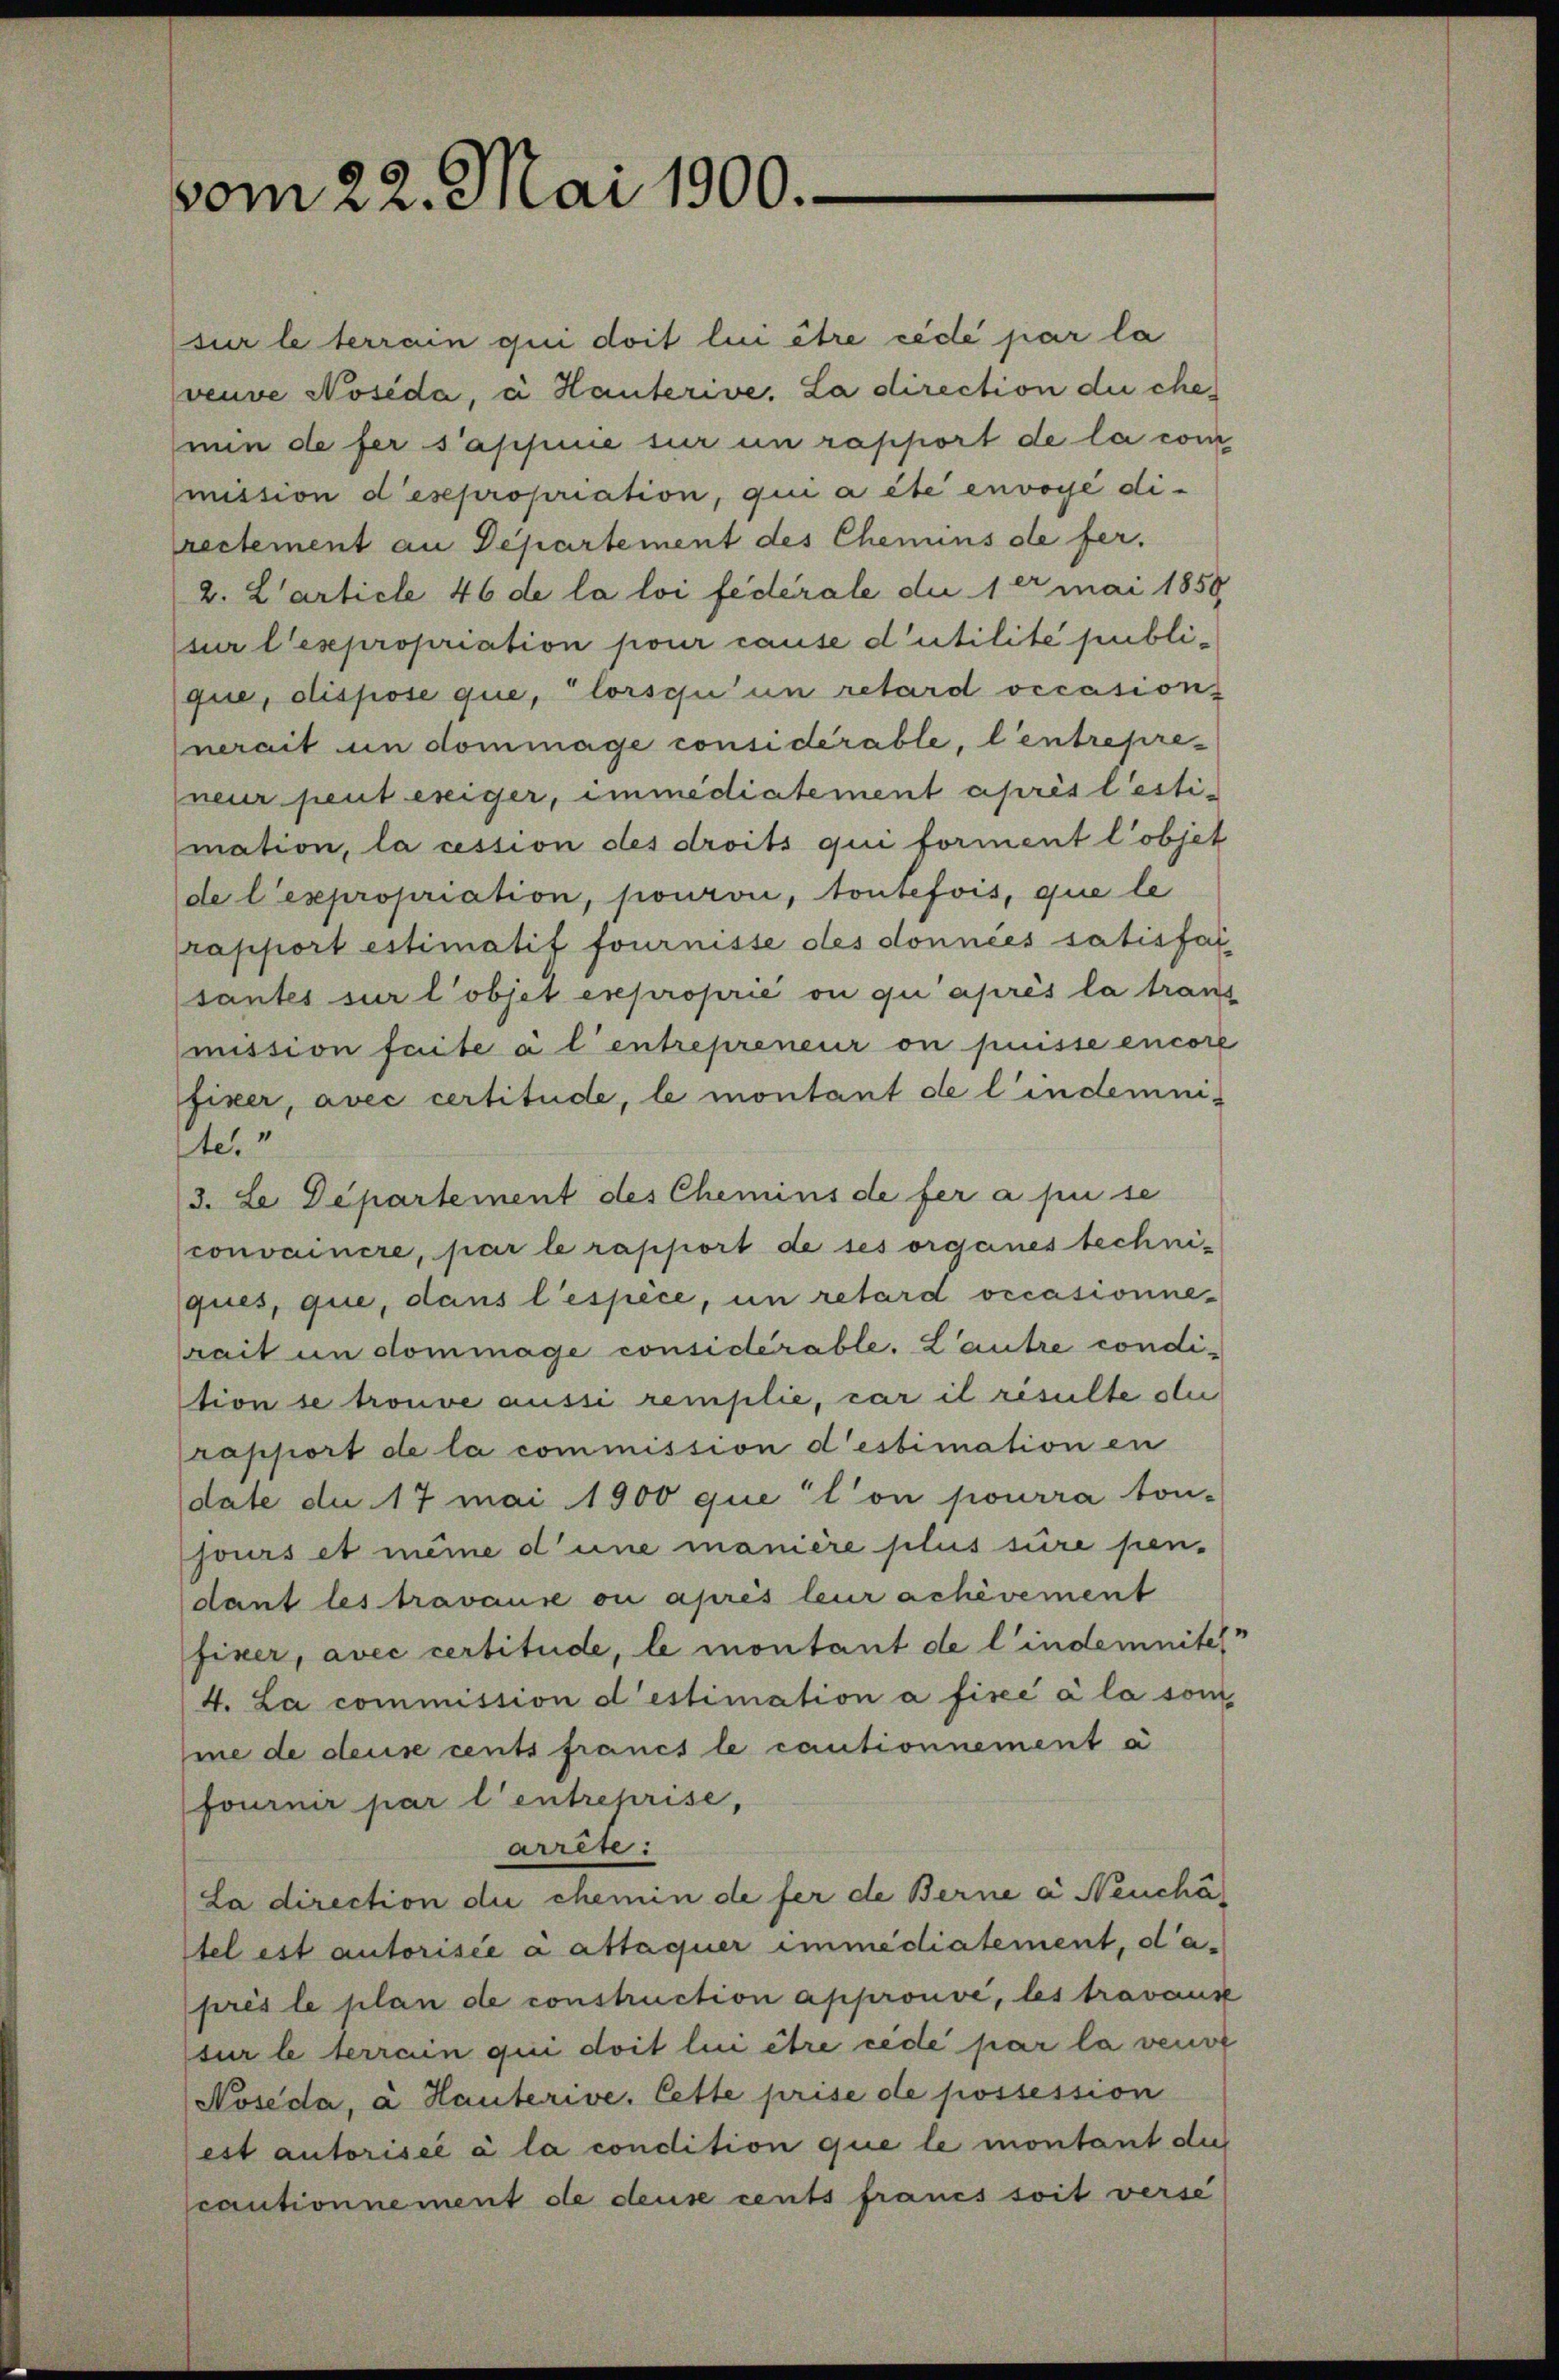
vom 22. Mai 1900.

sur le terrain qui doit lui être cédé par la
veuve Nosida, à Hauterive. La direction die che
nun de fer sappine sur un rapport de la com
mistion desepropriation, qui a été envoyé directement an Departement des Chemins de fer.
2. L’article 46 de la loi fédérale die 1 er mai 1858
sur les propriation pour cause d’utilite publique, dispose que, lorsqu’un retard occasions
nerait um dommage considérable, lentrepres
neur peut ereiger, immediatement après l’estimation, la cession des droits qui forment l’objet
de l’expropriation, pourvu, toutefois, que le
rapport estimatis fournisse des données satisfat
santes sur l’objet exproprié ou qui après la tran
mission faite à l’entrepreneur on puisse encore
fixer, avec certitude, le montant de l’indemni-
te
3. Le Departement des Chemins de fer a pu se
convainere, par le rapport de ses organes techniques, que, dans l’espece, un retard occasionne-
rait un dommage considérable. L’autre condition se trouve aussi remplie, car il résulte der
rapport de la commission destimation en
date du 17 mai 1900 que l’on pourra ton-
jours et même d’une manière plus sure pen-
dant les travause ou après leur achèvement
fixer, avec certitude, le montant de l’indemnite
4. La commission destimation à fisée à la som
me de deus cents francs le cautionnement à
fournir par l’entreprise,
arren:
La direction die chemin de fer de Berne à Neuchä
tel est autorisée a attaquer immediatement, da-
près le plan de construction approuve, les travaux
sur le terrain qui doit lui être cede par la veuve
Noseda, à Hauterie. Cette prise de possession
est autorisée à la condition que le montant die
cautionnement de deuse cents francs soit verse